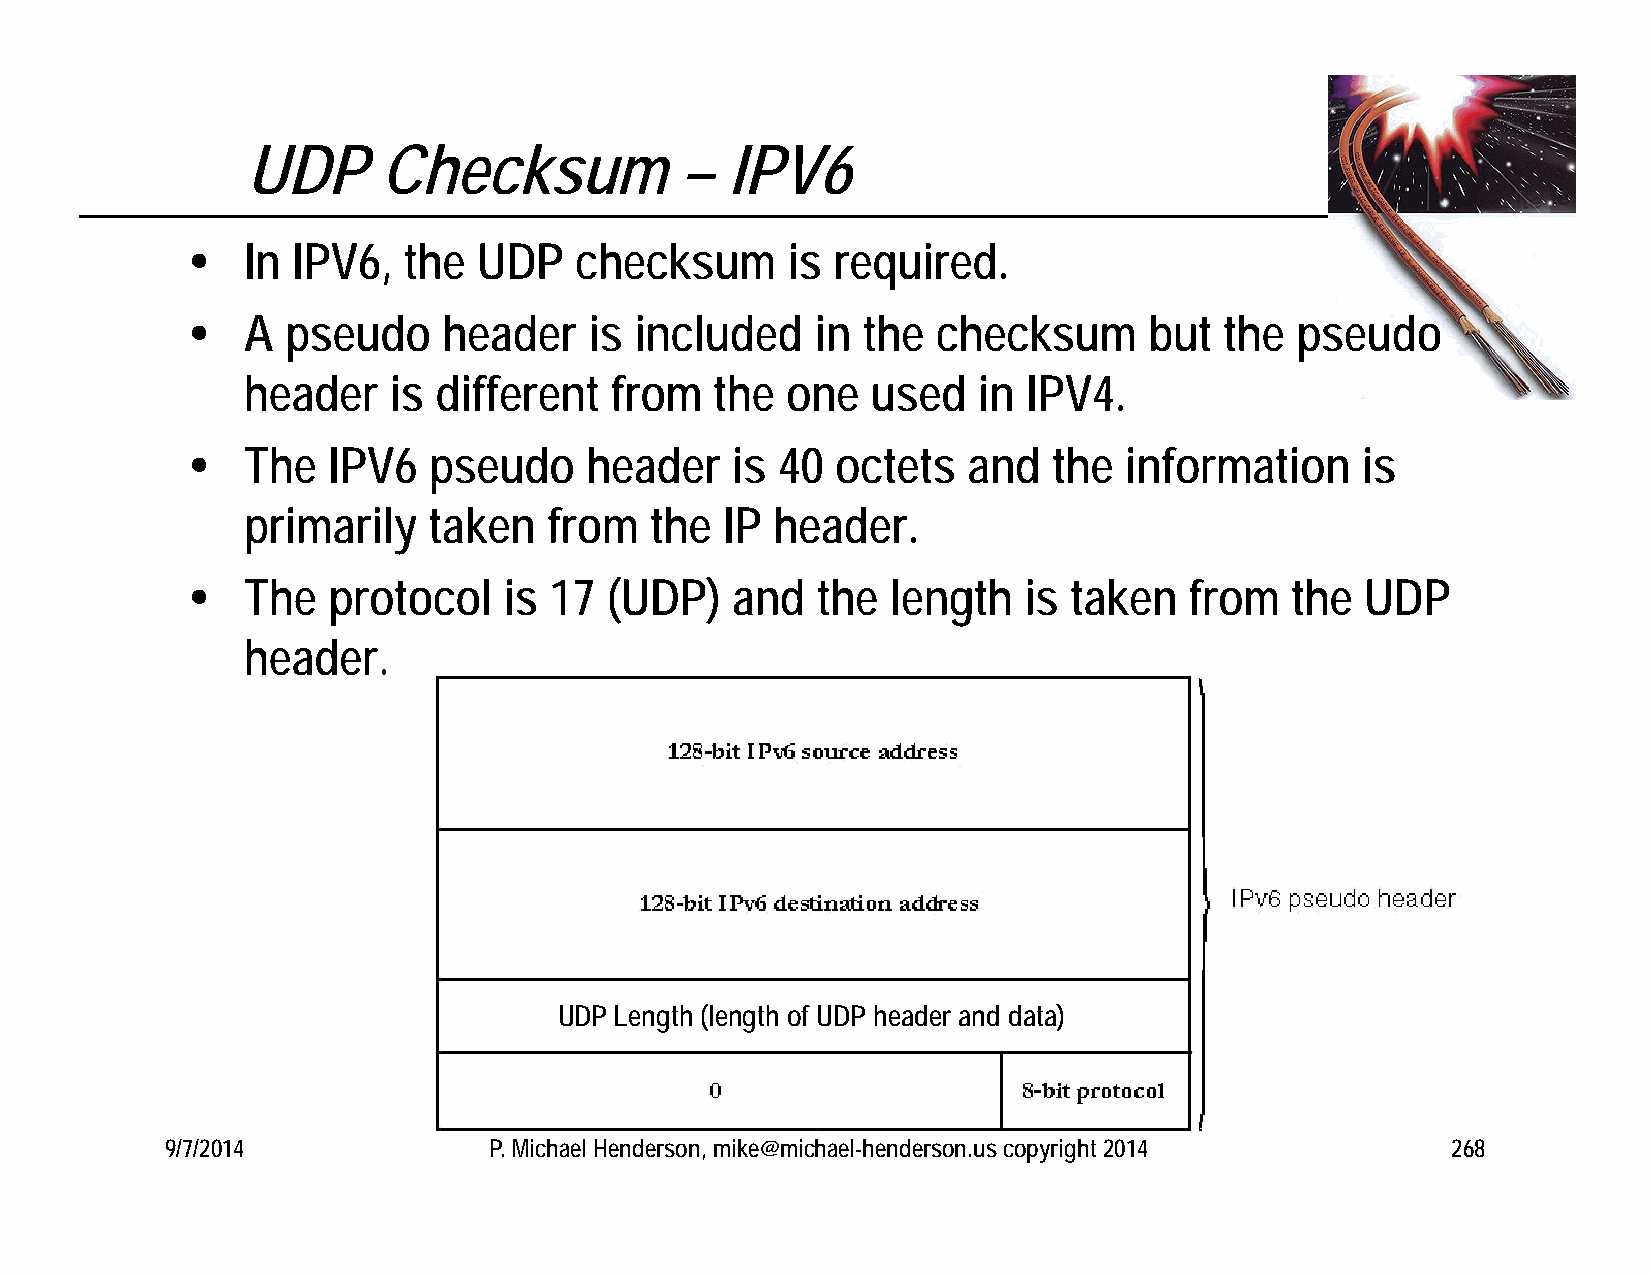
UDP      Checksum            –  IPV6
    In IPV6,   the  UDP   checksum      is required.
    A  pseudo    header    is included    in the  checksum      but  the  pseudo
 header    is different  from   the  one   used   in IPV4.
    The   IPV6  pseudo     header   is 40  octets   and   the information     is
 primarily   taken   from   the  IP header.
    The   protocol   is 17  (UDP)   and   the  length   is taken   from  the  UDP
 header.
 UDP Length (length of UDP header and data)
 9/7/2014             P. Michael Henderson, mike@michael-henderson.us copyright 2014  268